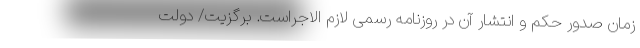
زمان صدور حکم و انتشار آن در روزنامه رسمی لازم الاجراست. برگزیت/ دولت